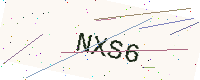
Text: NXS6